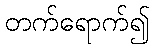
တက်ရောက်၍